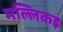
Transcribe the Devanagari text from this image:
मल्लिकइ